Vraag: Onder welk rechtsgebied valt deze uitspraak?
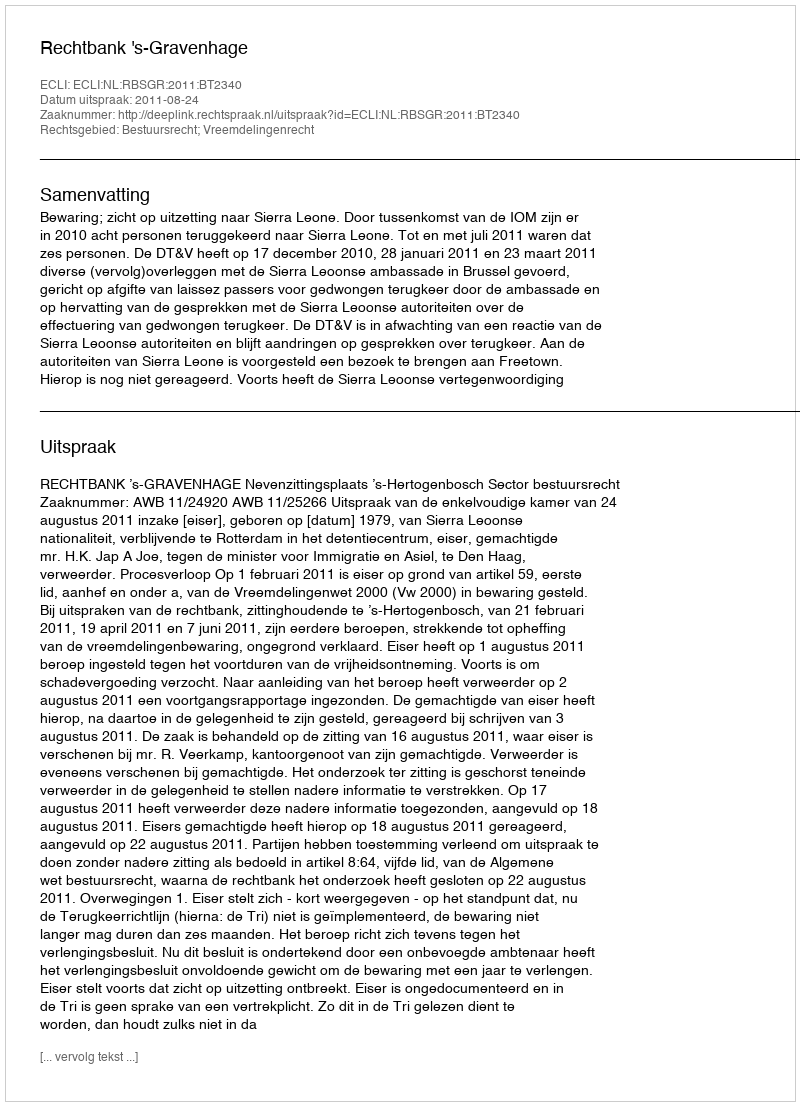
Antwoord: Bestuursrecht; Vreemdelingenrecht